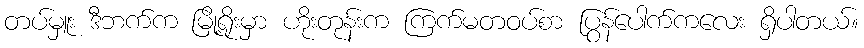
တပ်မှူး ဒီဘက်က မြို့ရိုးမှာ ဟိုးတုန်းက ကြက်မတဝပ်စာ ပြွန်ပေါက်ကလေး ရှိပါတယ်။